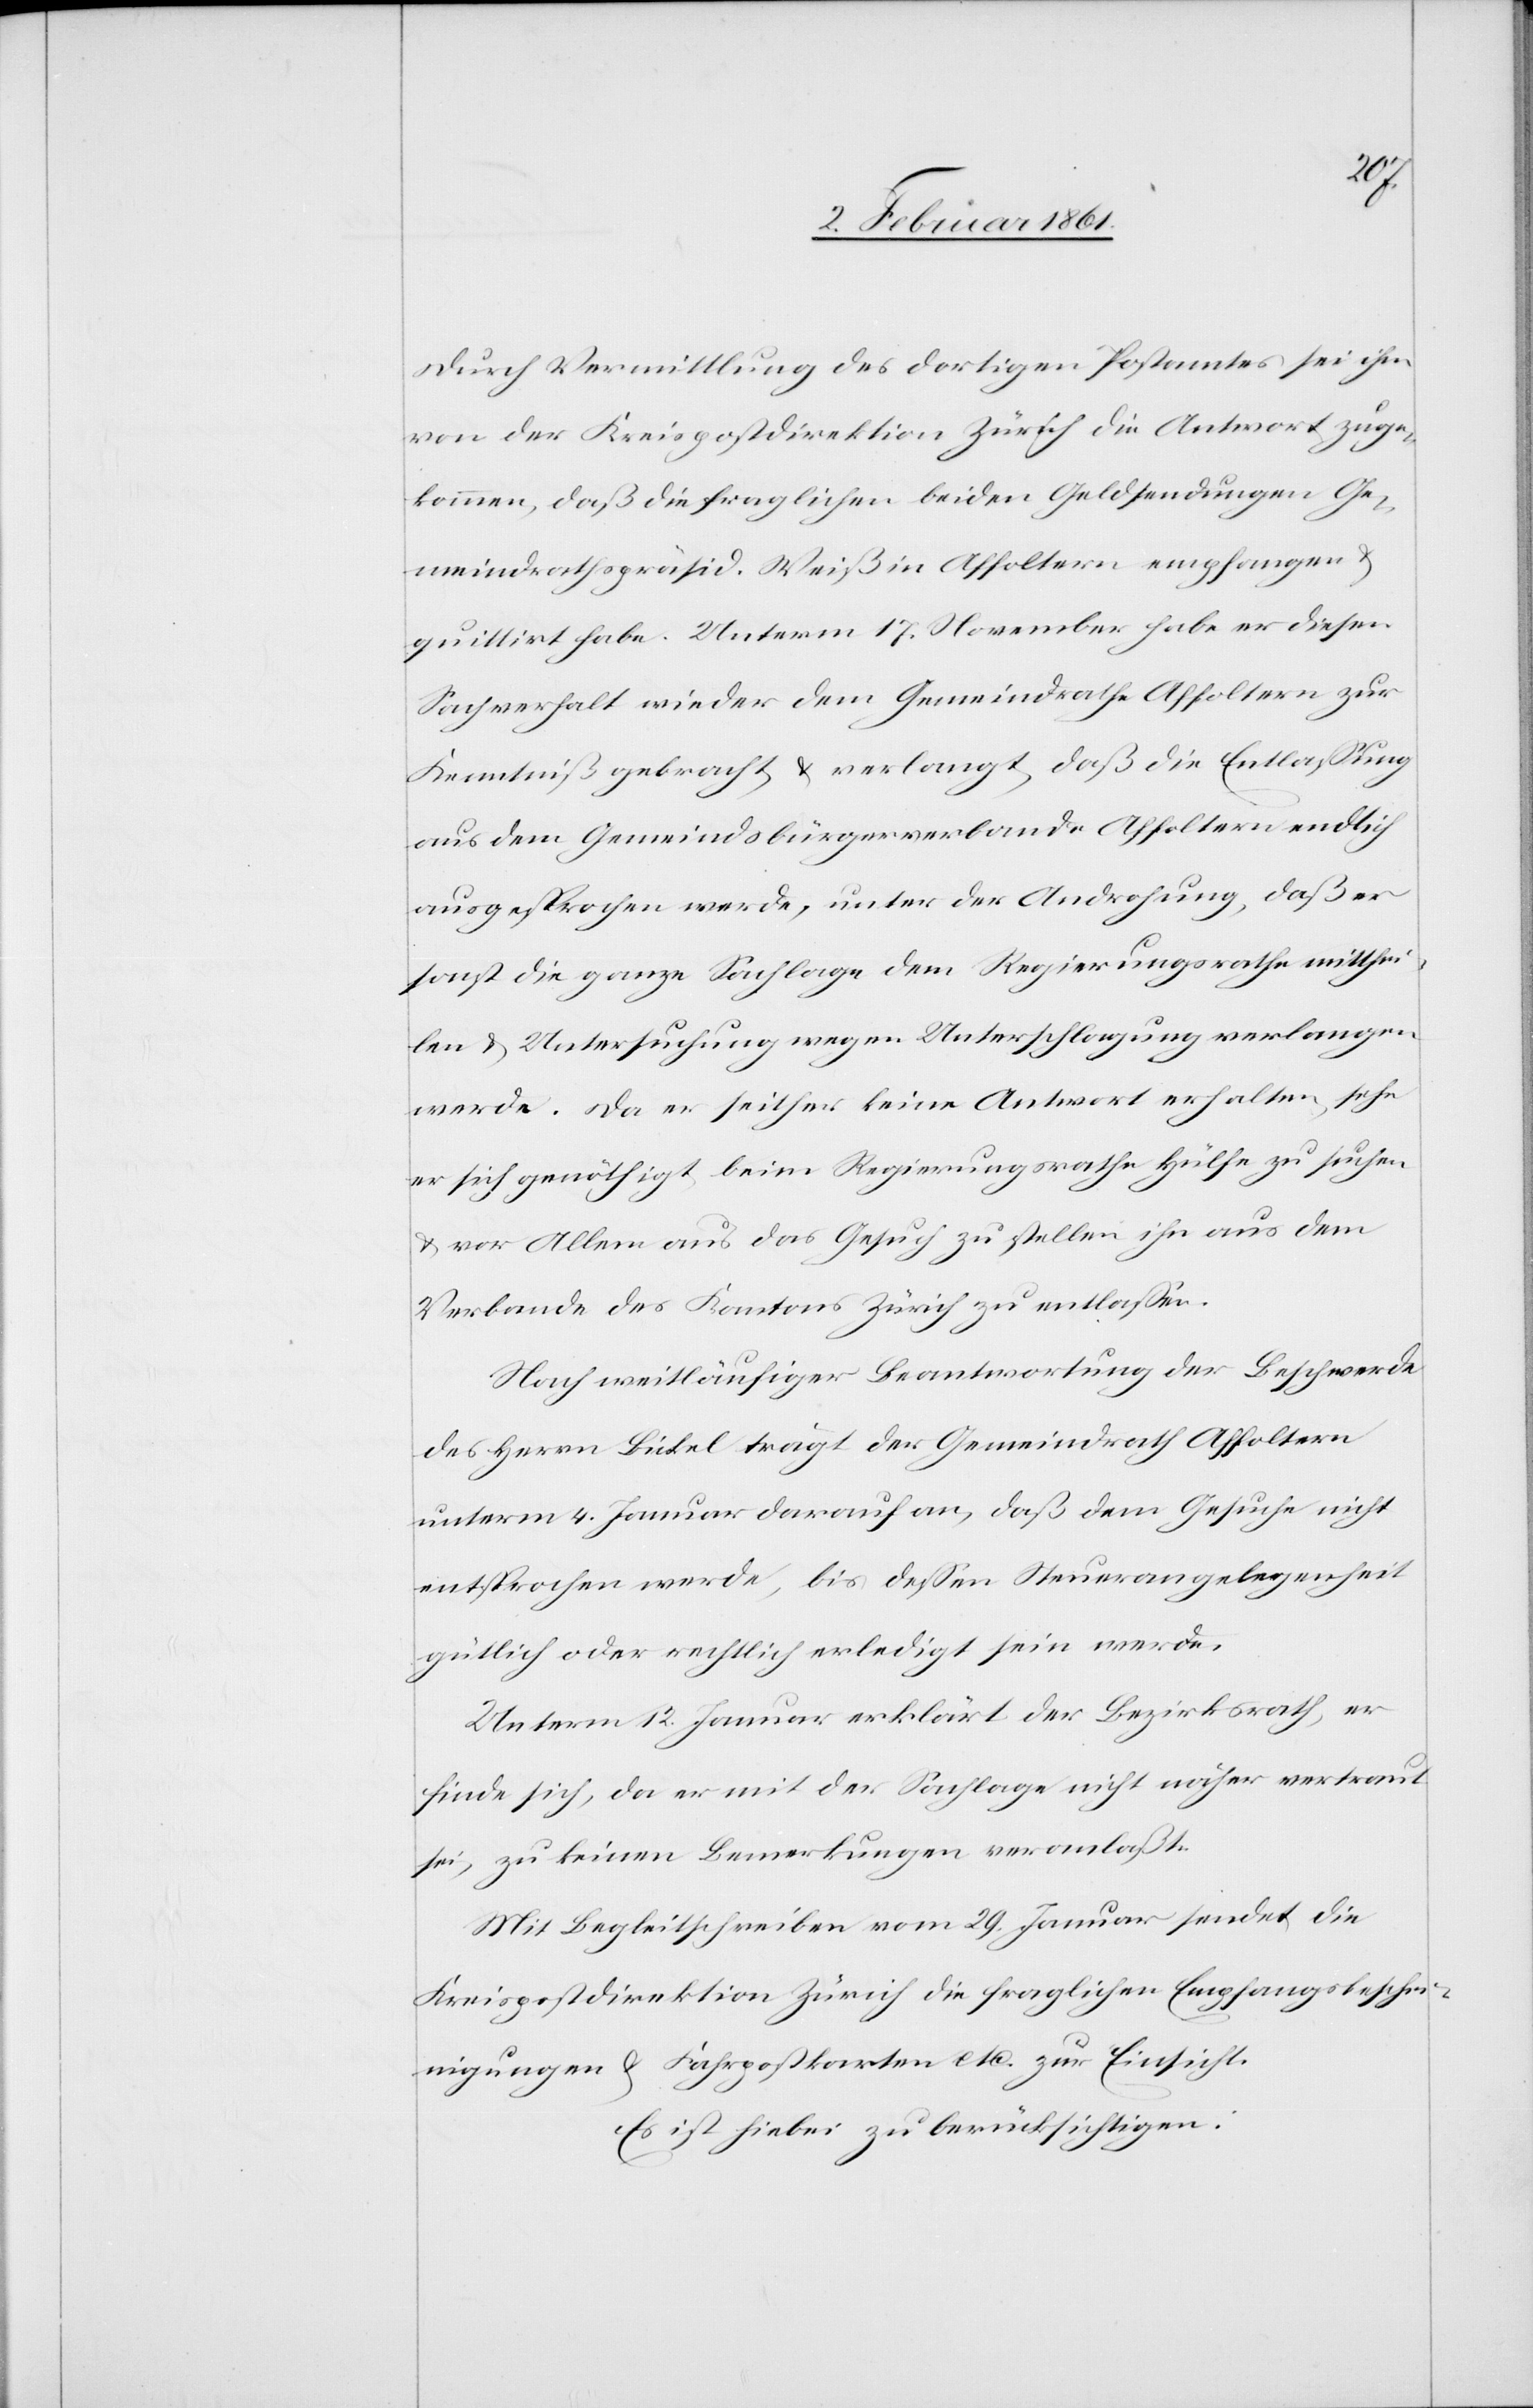
u.
Durch Vermittlung des dortigen Postamtes sei ihm
von der Kreispostdirektion Zürich die Antwort zuge¬
kommen, daß die fraglichen beiden Geldsendungen Ge¬
meindrathspräsident Weiß in Affoltern empfangen
quittirt habe. Unterm 17. November habe er diesen
Sachverhalt wieder dem Gemeindrathe Affoltern zur
Kenntniß gebracht u. verlangt, daß die Entlassung
aus dem Gemeindsbürgerverbande Affoltern endlich
ausgesprochen werde, unter der Androhung, daß er
sonst die ganze Sachlage dem Regierungsrathe mitthei¬
len u. Untersuchung wegen Unterschlagung verlangen
werde. Da er seither keine Antwort erhalten, sehe
er sich genöthigt beim Regierungsrathe Hülfe zu suchen
u. vor Allem aus das Gesuch zu stellen ihn aus dem
Verbande des Kantons Zürich zu entlassen.
Nach weitläufiger Beantwortung der Beschwerde
des Herrn Bickel trägt der Gemeindrath Affoltern
unterm 4. Januar darauf an, daß dem Gesuche nicht
entsprochen werde, bis dessen Steuerangelegenheit
gütlich oder rechtlich erledigt sein werde.
Unterm 12. Januar erklärt der Bezirksrath, er
finde sich, da er mit der Sachlage nicht näher vertraut
sei, zu keinen Bemerkungen veranlaßt.
Mit Begleitschreiben vom 29. Januar sendet die
Kreispostdirektion Zürich die fraglichen Empfangbeschei¬
nigungen u. Fahrpostkarten etc. zur Einsicht.
Es ist hiebei zu berücksichtigen: